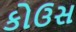
કોઉસ